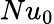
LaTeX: Nu_{0}